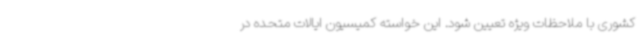
کشوری با ملاحظات ویژه تعیین شود. این خواسته کمیسیون ایالات متحده در